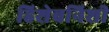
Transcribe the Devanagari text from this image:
हिशेबनिशी